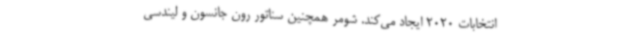
انتخابات 2020 ایجاد می‌کند. شومر همچنین سناتور رون جانسون و لیندسی